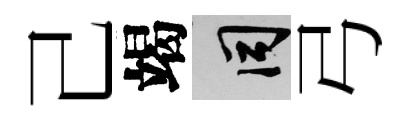
己竭间弓